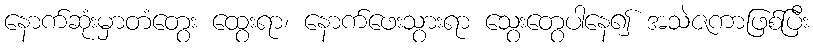
နောက်ဆုံးမှာတံတွေး ထွေးရာ၊ နောက်ဖေးသွားရာ သွေးတွေပါနေ၍ အသဲဇကာဖြစ်ပြီး